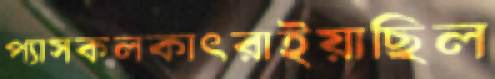
প্যাসকলকাৎরাইয়াছিল